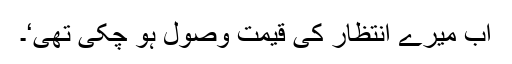
اب میرے انتظار کی قیمت وصول ہو چکی تھی‘۔